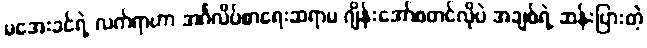
မအေးခင်ရဲ့ လက်ရာဟာ အင်္ဂလိပ်စာရေးဆရာမ ဂျိန်းအော်စတင်လိုပဲ အချစ်ရဲ့ ဆန်းပြားတဲ့